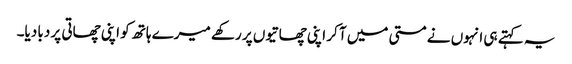
یہ کہتے ہی انہوں نے مستی میں آ کر اپنی چھاتیوں پر رکھے میرے ہاتھ کو اپنی چھاتی پر دبا دیا۔